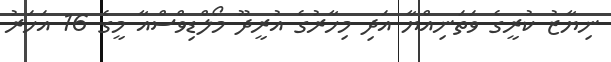
ނިޔާޒު ކުރީގެ ވަތަނިއްޔާ އަދި މިހާރުގެ އުރީދޫ މޯލްޑިވްސްއާ މީގެ 16 އަހަރު